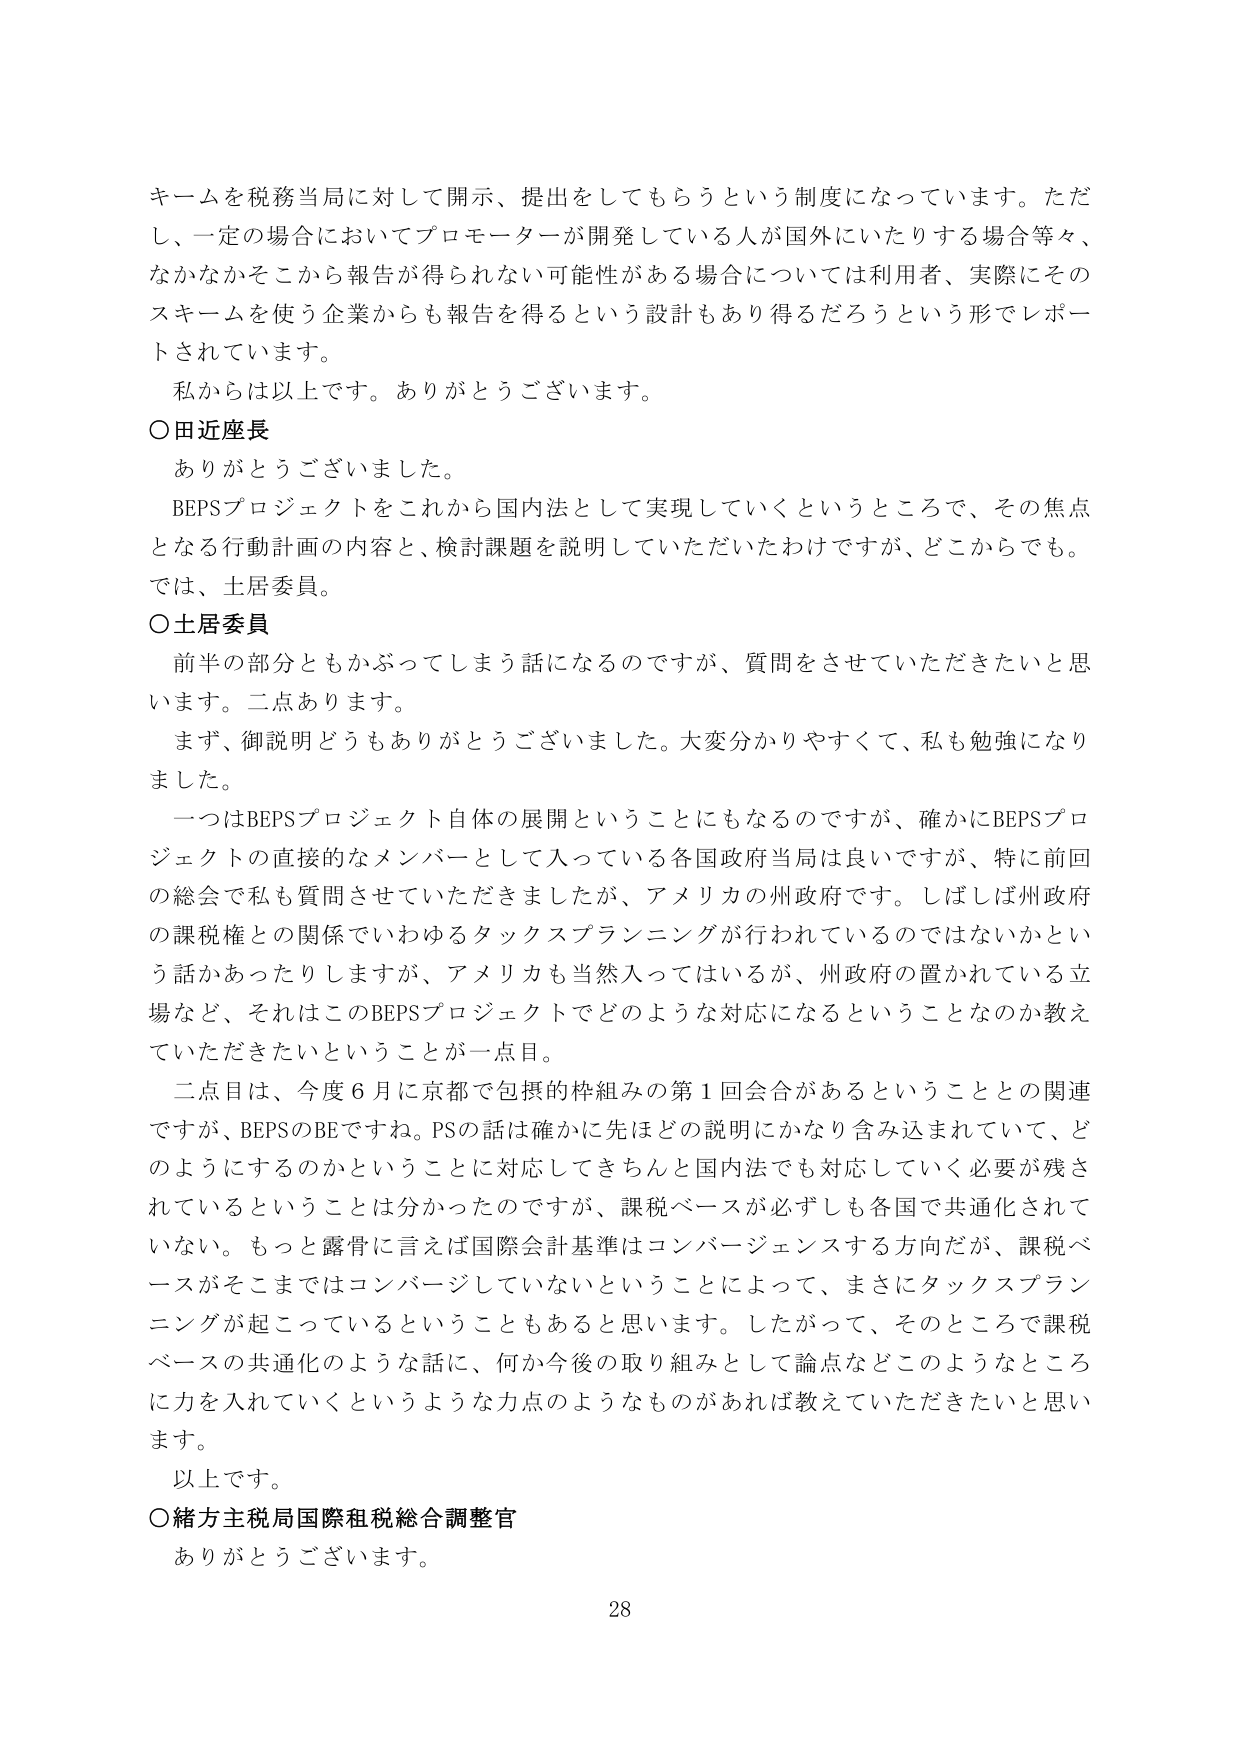
キームを税務当局に対して開示、提出をしてもらうという制度になっています。ただし、一定の場合においてプロモーターが開発している人が国外にいたりする場合等々、なかなかそこから報告が得られない可能性がある場合については利用者、実際にそのスキームを使う企業からも報告を得るという設計もあり得るだろうという形でレポートされています。

私からは以上です。ありがとうございます。

○田近座長
ありがとうございました。

BEPSプロジェクトをこれから国内法として実現していくというところで、その焦点となる行動計画の内容と、検討課題を説明していただいたわけですが、どこからでも。では、土居委員。

○土居委員
前半の部分ともかぶってしまう話になるのですが、質問をさせていただきたいと思います。二点あります。

まず、御説明どうもありがとうございました。大変分かりやすくて、私も勉強になりました。

一つはBEPSプロジェクト自体の展開ということにもなるのですが、確かにBEPSプロジェクトの直接的なメンバーとして入っている各国政府当局は良いですが、特に前回の総会で私も質問させていただきましたが、アメリカの州政府です。しばしば州政府の課税権との関係でいわゆるタックスプランニングが行われているのではないかという話があったりしますが、アメリカも当然入ってはいるが、州政府の置かれている立場など、それはこのBEPSプロジェクトでどのような対応になるということなのか教えていただきたいということが一点目。

二点目は、今度6月に京都で包摂的枠組みの第1回会合があるということとの関連ですが、BEPSのBEですね。PSの話は確かに先ほどの説明にかなり含み込まれていて、どのようにするのかということに対応してきちんと国内法でも対応していく必要が残されているということは分かったのですが、課税ベースが必ずしも各国で共通化されていない。もっと露骨に言えば国際会計基準はコンバージェンスする方向だが、課税ベースがそこまではコンバージしていないということによって、まさにタックスプランニングが起こっているということもあると思います。したがって、そのところで課税ベースの共通化のような話に、何か今後の取り組みとして論点などどのようなところに力を入れていくというような力点のようなものがあれば教えていただきたいと思います。

以上です。

○緒方主税局国際租税総合調整官
ありがとうございます。

28